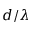
d / \lambda